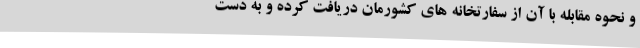
و نحوه مقابله با آن از سفارتخانه های کشورمان دریافت کرده و به دست